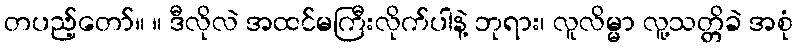
တပည့်တော်။ ။ ဒီလိုလဲ အထင်မကြီးလိုက်ပါနဲ့ ဘုရား၊ လူလိမ္မာ လူ့သတ္တိခဲ အစုံ